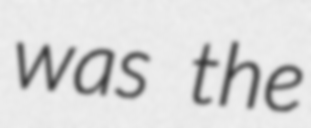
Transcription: was the